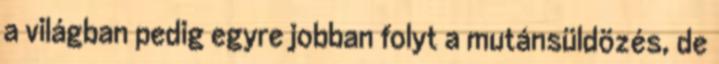
a világban pedig egyre jobban folyt a mutánsüldözés, de